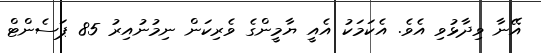
އޭނާ ވިދާޅުވި އެވެ. އެކަމަކު އެއީ ޔާމީންގެ ވެރިކަން ނިމުނުއިރު 85 ޕަސެންޓް